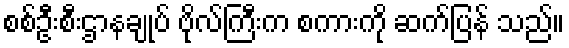
စစ်ဦးစီးဌာနချုပ် ဗိုလ်ကြီးက စကားကို ဆက်ပြန် သည်။